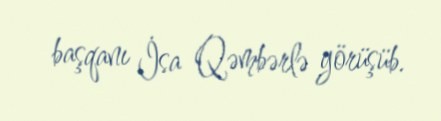
başqanı İsa Qəmbərlə görüşüb.